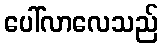
ပေါ်လာလေသည်